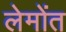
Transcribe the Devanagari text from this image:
लेमोंत